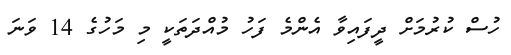
ހުސް ކުރުމަށް ދީފައިވާ އެންމެ ފަހު މުއްދަތަކީ މި މަހުގެ 14 ވަނަ